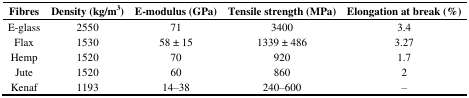
| Fibres | Density (kg/m3) | E-modulus (GPa) | Tensile strength (MPa) | Elongation at break (%) |
 | --- | --- | --- | --- | --- |
 | E-glass | 2550 | 71 | 3400 | 3.4 |
 | Flax | 1530 | 58 ± 15 | 1339 ± 486 | 3.27 |
 | Hemp | 1520 | 70 | 920 | 1.7 |
 | Jute | 1520 | 60 | 860 | 2 |
 | Kenaf | 1193 | 14–38 | 240–600 | – |